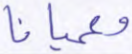
وعميانا